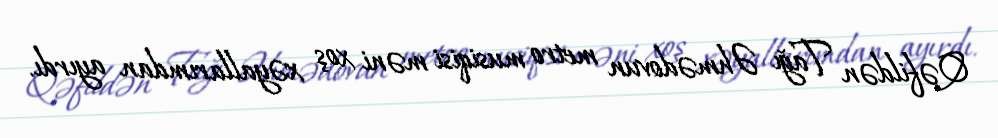
Qəfildən Tağı Əhmədovun metro musiqisi məni xoş xəyallarımdan ayırdı.